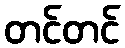
တင်တင်